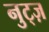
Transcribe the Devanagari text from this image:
नुट्ज़